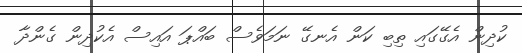
ކުދިން އެގޭގައި ތިބި ކަން އެނގޭ ނަމަވެސް ބައްޕަ އައިސް އެކުދިން ގެންދާ